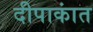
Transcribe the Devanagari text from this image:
दीपाकांत